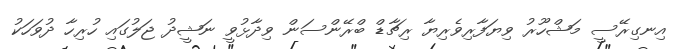
އިނގިރޭސީ މަޝްހޫރު ވިޔަފާރިވެރިޔާ ރިޗާޑް ބްރޭންސަން ވިދާޅުވީ ނަޝީދު ޖަލުގައި ހުރިހާ ދުވަހަކު